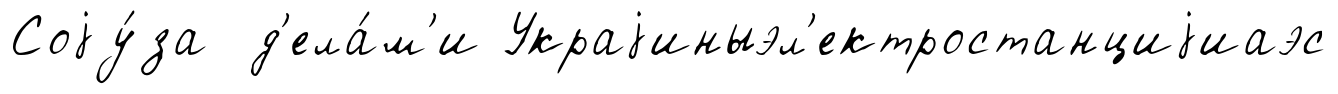
Соjу́за д'ела́м'и Украjиныэл'ектростанциjиаэс